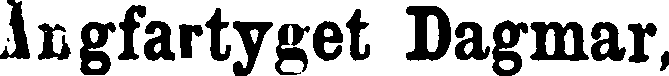
Ångfartyget Dagmar,